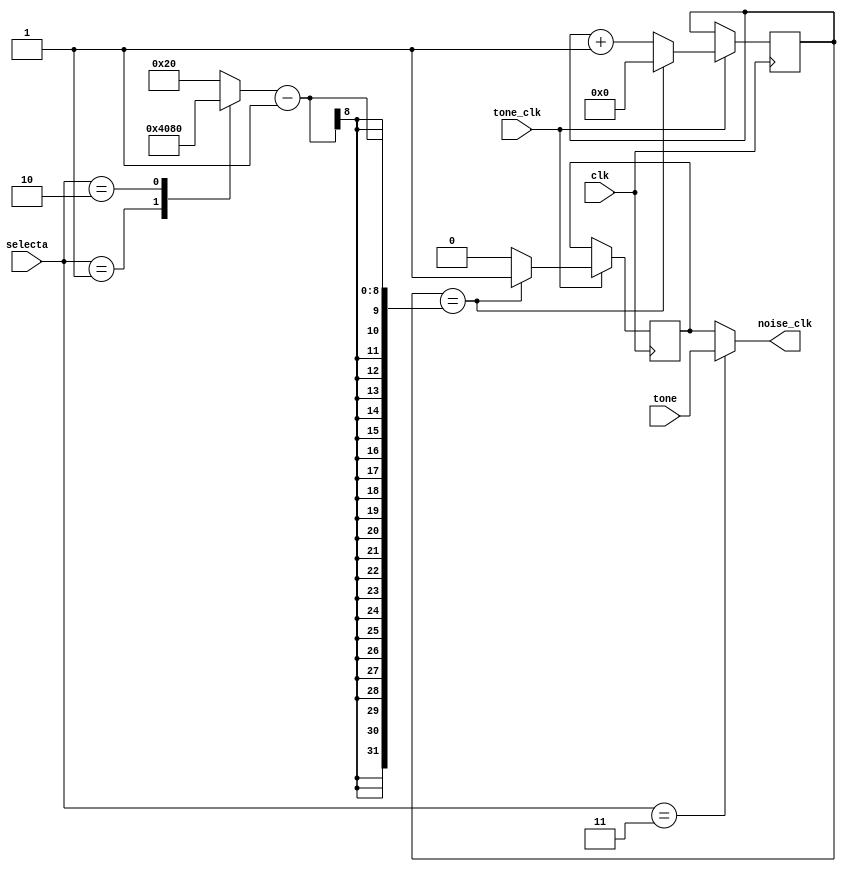

module noise_freq_sel(
		      input 	  clk, 
		      input 	  tone_clk,
		      input 	  tone,
		      input [2:0] selecta,
		      output 	  noise_clk
		      );
   
   reg 				  noise_clock;
   reg 				  div_clk;
   reg [7:0] 			  div;
   reg [7:0] 			  clk_cntr;
   reg [2:0] 			  selectap;
   
   always@*
     begin
	noise_clock=div_clk;
	div=32;	
	case(selecta)
	  0:div=32;
	  1:div=64;
	  2:div=128;
	  3:noise_clock=tone;
	endcase // case (selecta)
     end // always@ *
   
   always@(posedge clk)
     begin
	if(tone_clk==1)
	  begin
	     clk_cntr <= clk_cntr + 1;
	     if (clk_cntr == div-1)
	       begin
		  clk_cntr <= 0;
		  div_clk<=1;
	       end
	     else div_clk <=0;
	  end
	end
   assign noise_clk=noise_clock;   
endmodule // noise_freq_sel